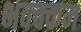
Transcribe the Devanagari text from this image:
भक्‍क्‍कम